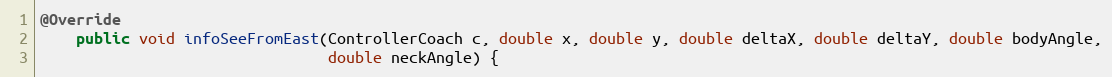
Language: Java
@Override
    public void infoSeeFromEast(ControllerCoach c, double x, double y, double deltaX, double deltaY, double bodyAngle,
                                double neckAngle) {